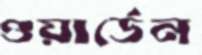
ওয়ার্ডেন